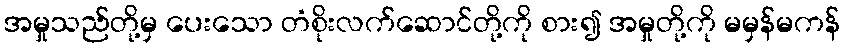
အမှုသည်တို့မှ ပေးသော တံစိုးလက်ဆောင်တို့ကို စား၍ အမှုတို့ကို မမှန်မကန်